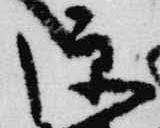
源